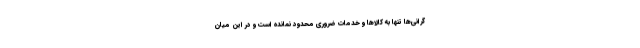
گرانی‌ها تنها به کالاها و خدمات ضروری محدود نمانده است و در این میان